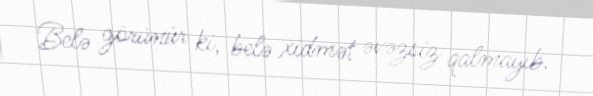
Belə görünür ki, belə xidmət əvəzsiz qalmayıb.